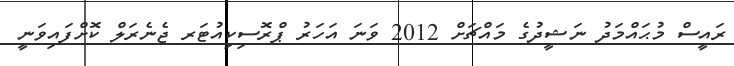
ރައީސް މުޙައްމަދު ނަޝީދުގެ މައްޗަށް 2012 ވަނަ އަހަރު ޕްރޮސިކިއުޓަރ ޖެނެރަލް ކޮށްފައިވަނީ